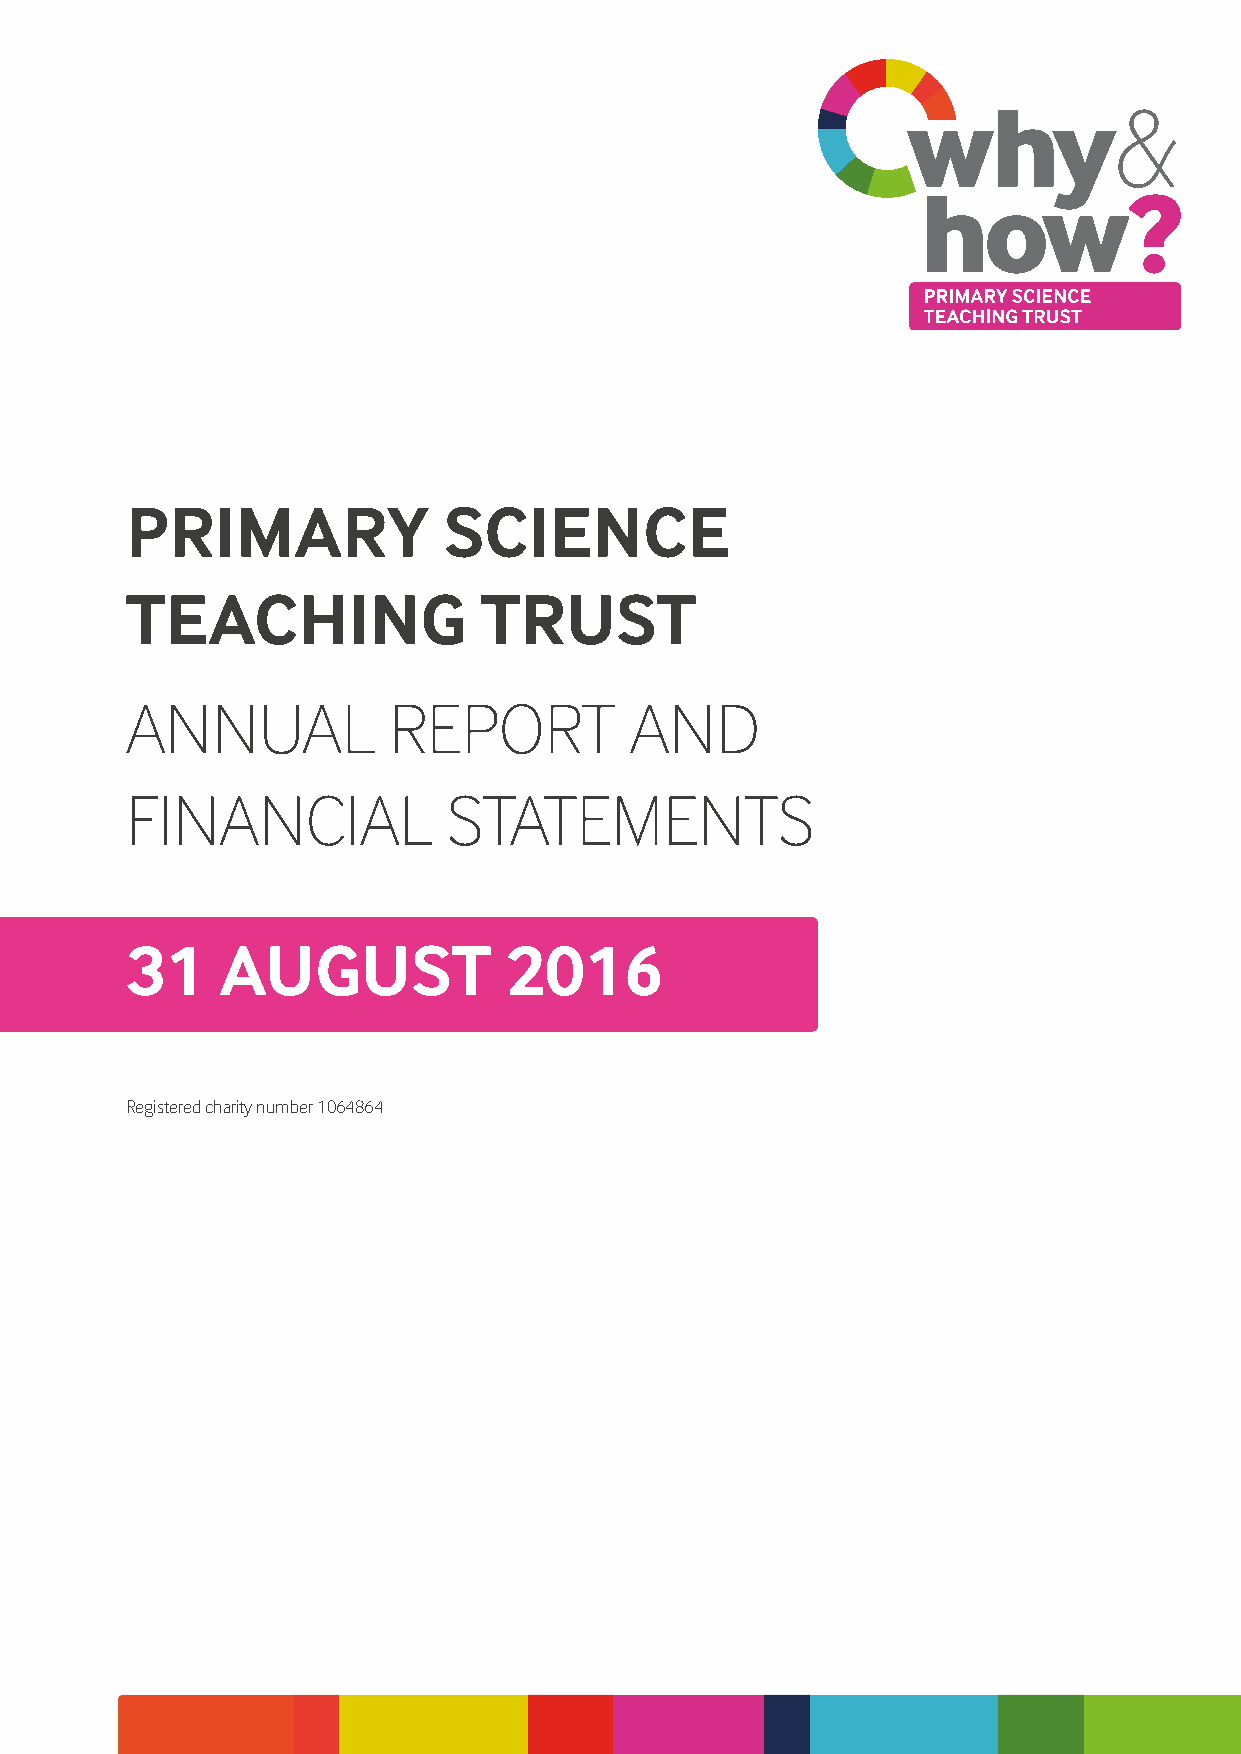
why&
 how?
 PRIMARY              SCIENCE
 TEACHING                TRUST
 ANNUAL            REPORT          AND
 FINANCIAL             STATEMENTS
 31     AUGUST            2016
 Registered charity number 1064864